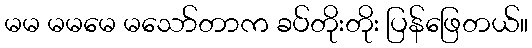
မမ မမမေ မသော်တာက ခပ်တိုးတိုး ပြန်ဖြေတယ်။